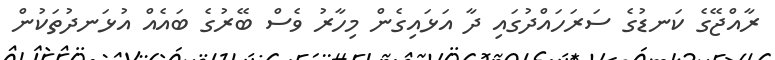
ރާއްޖޭގެ ކަނޑުގެ ސަރަހައްދުގައި ދާ އަޅައިގެން މިހާރު ވެސް ބޭރުގެ ބައެއް އުޅަނދުތަކުން